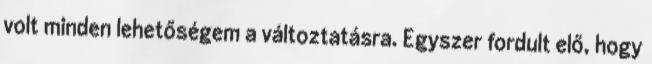
volt minden lehetőségem a változtatásra. Egyszer fordult elő, hogy